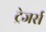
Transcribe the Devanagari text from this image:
ट्रेजर्स